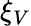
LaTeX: \xi_{V}